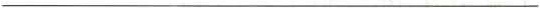
___